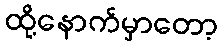
ထို့နောက်မှာတော့